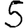
Digit: 5